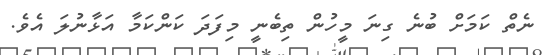
ނެތް ކަމަށް ބުނެ ގިނަ މީހުން ތިބެނީ މިފަދަ ކަންކަމާ އަޅާނުލަ އެވެ.